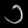
Digit: ၁